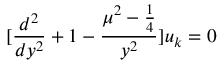
[ \frac { d ^ { 2 } } { d y ^ { 2 } } + 1 - \frac { \mu ^ { 2 } - \frac { 1 } { 4 } } { y ^ { 2 } } ] u _ { k } = 0